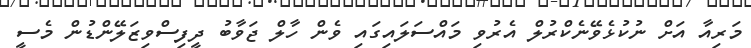
މަރިއާ އަށް ނުކުޅެވޭނެކްރުލް އެރުވި މައްސަލައިގައި ވެން ހާލް ޖަވާބު ދީފިސްވިޒަލޭންޑުން މެސީ